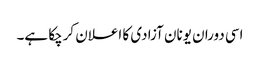
اسی دوران یونان آزادی کا اعلان کرچکا ہے۔